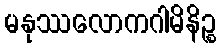
မနုဿလောကဂါမိနိဉ္စ